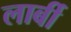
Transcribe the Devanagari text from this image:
लार्बी